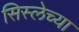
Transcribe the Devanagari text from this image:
सिस्लेच्या